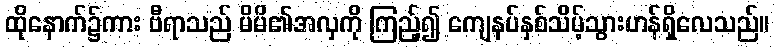
ထိုနောက်၌ကား ဗီရာသည် မိမိ၏အလှကို ကြည့်၍ ကျေနပ်နှစ်သိမ့်သွားဟန်ရှိလေသည်။